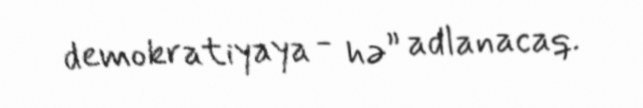
demokratiyaya - hə” adlanacaq.